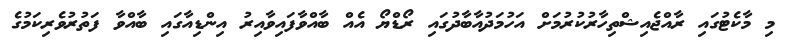
މި މާކެޓުގައި ރާއްޖެއިޝްތިހާރުކުރުމަށް އަހުމަދުއާބާދުގައި ރޯޑްޔޯ އެއް ބާއްވާފައިވާއިރު އިންޑިއާގައި ބާއްވާ ފަތުރުވެރިކަމުގެ